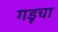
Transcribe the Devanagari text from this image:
गडूचा